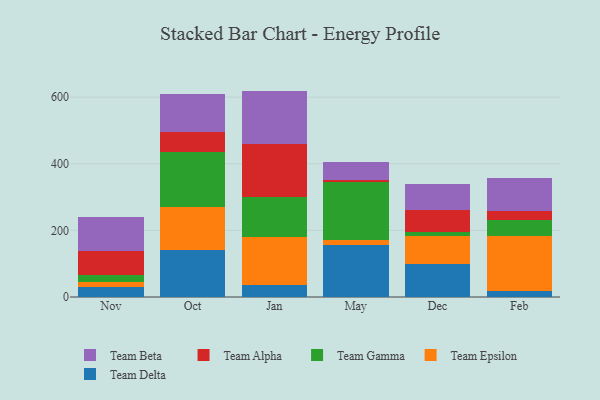
{"axis": {"x": "Month", "y": "Satisfaction Score"}, "legend": ["Team Alpha", "Team Beta", "Team Delta", "Team Epsilon", "Team Gamma"], "data": [{"x": "Nov", "y": 28.6, "type": "Team Delta"}, {"x": "Nov", "y": 16.0, "type": "Team Epsilon"}, {"x": "Nov", "y": 21.8, "type": "Team Gamma"}, {"x": "Nov", "y": 72.6, "type": "Team Alpha"}, {"x": "Nov", "y": 100.0, "type": "Team Beta"}, {"x": "Oct", "y": 141.2, "type": "Team Delta"}, {"x": "Oct", "y": 127.8, "type": "Team Epsilon"}, {"x": "Oct", "y": 166.5, "type": "Team Gamma"}, {"x": "Oct", "y": 59.0, "type": "Team Alpha"}, {"x": "Oct", "y": 114.1, "type": "Team Beta"}, {"x": "Jan", "y": 35.1, "type": "Team Delta"}, {"x": "Jan", "y": 143.9, "type": "Team Epsilon"}, {"x": "Jan", "y": 122.5, "type": "Team Gamma"}, {"x": "Jan", "y": 158.1, "type": "Team Alpha"}, {"x": "Jan", "y": 159.4, "type": "Team Beta"}, {"x": "May", "y": 156.6, "type": "Team Delta"}, {"x": "May", "y": 13.4, "type": "Team Epsilon"}, {"x": "May", "y": 174.8, "type": "Team Gamma"}, {"x": "May", "y": 6.7, "type": "Team Alpha"}, {"x": "May", "y": 53.1, "type": "Team Beta"}, {"x": "Dec", "y": 99.2, "type": "Team Delta"}, {"x": "Dec", "y": 83.9, "type": "Team Epsilon"}, {"x": "Dec", "y": 13.0, "type": "Team Gamma"}, {"x": "Dec", "y": 66.1, "type": "Team Alpha"}, {"x": "Dec", "y": 76.5, "type": "Team Beta"}, {"x": "Feb", "y": 18.9, "type": "Team Delta"}, {"x": "Feb", "y": 163.1, "type": "Team Epsilon"}, {"x": "Feb", "y": 49.0, "type": "Team Gamma"}, {"x": "Feb", "y": 27.5, "type": "Team Alpha"}, {"x": "Feb", "y": 99.9, "type": "Team Beta"}]}